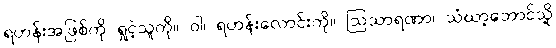
ရဟန်းအဖြစ်ကို ရှုငဲ့သူကို။ ဝါ၊ ရဟန်းလောင်းကို။ ဩသာရဏာ၊ သံဃာ့ဘောင်သို့